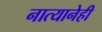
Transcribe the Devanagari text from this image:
नात्यानेही